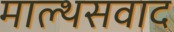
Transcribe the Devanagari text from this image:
माल्थसवाद